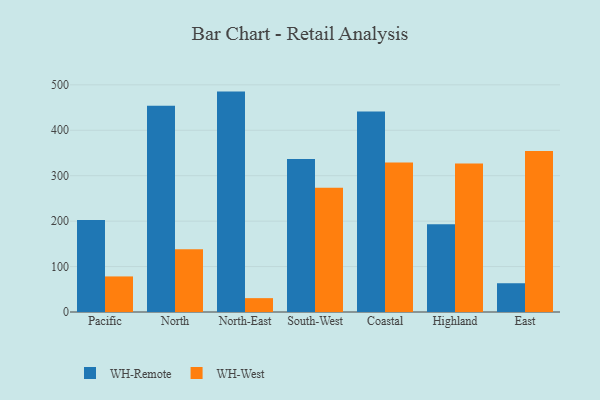
{"axis": {"x": "Region", "y": "Website Visitors"}, "legend": ["WH-Remote", "WH-West"], "data": [{"x": "Pacific", "y": 202.5, "type": "WH-Remote"}, {"x": "Pacific", "y": 78.3, "type": "WH-West"}, {"x": "North", "y": 453.7, "type": "WH-Remote"}, {"x": "North", "y": 138.2, "type": "WH-West"}, {"x": "North-East", "y": 485.1, "type": "WH-Remote"}, {"x": "North-East", "y": 30.5, "type": "WH-West"}, {"x": "South-West", "y": 336.6, "type": "WH-Remote"}, {"x": "South-West", "y": 273.5, "type": "WH-West"}, {"x": "Coastal", "y": 441.2, "type": "WH-Remote"}, {"x": "Coastal", "y": 329.3, "type": "WH-West"}, {"x": "Highland", "y": 192.9, "type": "WH-Remote"}, {"x": "Highland", "y": 326.7, "type": "WH-West"}, {"x": "East", "y": 63.3, "type": "WH-Remote"}, {"x": "East", "y": 354.3, "type": "WH-West"}]}